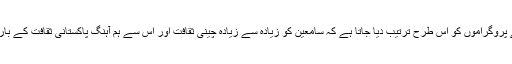
اردو سروس سے نشر ہونے والے پروگراموں کو اس طرح ترتیب دیا جاتا ہے کہ سامعین کو زیادہ سے زیادہ چینی ثقافت اور اس سے ہم آہنگ پاکستانی ثقافت کے بارے میں جاننے کا موقع ملتا رہے۔